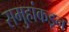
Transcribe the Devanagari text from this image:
समुहांकडून